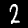
Digit: 2